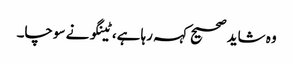
وہ شاید صحیح کہہ رہا ہے، ٹینگو نے سوچا۔